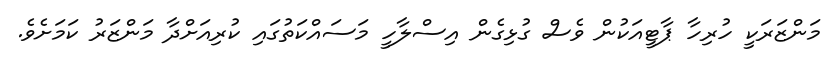
މަންޒަރަކީ ހުރިހާ ޕާޓީއަކުން ވެސް ގުޅިގެން އިސްލާހީ މަސައްކަތުގައި ކުރިއަށްދާ މަންޒަރު ކަމަށެވެ.